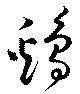
鶏